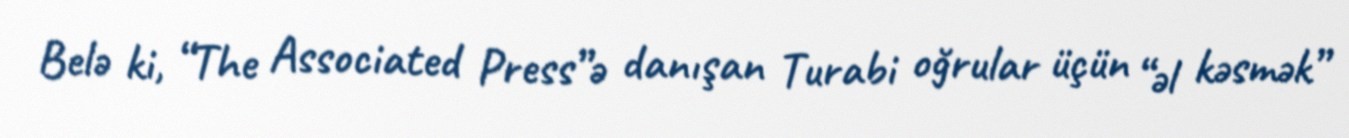
Belə ki, “The Associated Press”ə danışan Turabi oğrular üçün “əl kəsmək”